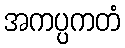
အကပ္ပကတံ